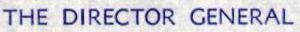
THE DIRECTOR GENERAL